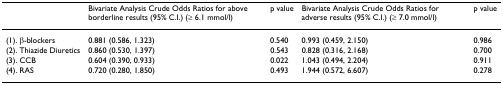
<table><thead><tr><td></td><td><b>Bivariate Analysis Crude Odds Ratios for above borderline results (95% C.I.) (≥ 6.1 mmol/l)</b></td><td><b>p value</b></td><td><b>Bivariate Analysis Crude Odds Ratios for adverse results (95% C.I.) (≥ 7.0 mmol/l)</b></td><td><b>p value</b></td></tr></thead><tbody><tr><td>(1). β-blockers</td><td>0.881 (0.586, 1.323)</td><td>0.540</td><td>0.993 (0.459, 2.150)</td><td>0.986</td></tr><tr><td>(2). Thiazide Diuretics</td><td>0.860 (0.530, 1.397)</td><td>0.543</td><td>0.828 (0.316, 2.168)</td><td>0.700</td></tr><tr><td>(3). CCB</td><td>0.604 (0.390, 0.933)</td><td>0.022</td><td>1.043 (0.494, 2.204)</td><td>0.911</td></tr><tr><td>(4). RAS</td><td>0.720 (0.280, 1.850)</td><td>0.493</td><td>1.944 (0.572, 6.607)</td><td>0.278</td></tr></tbody></table>